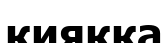
қияққа